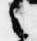
言